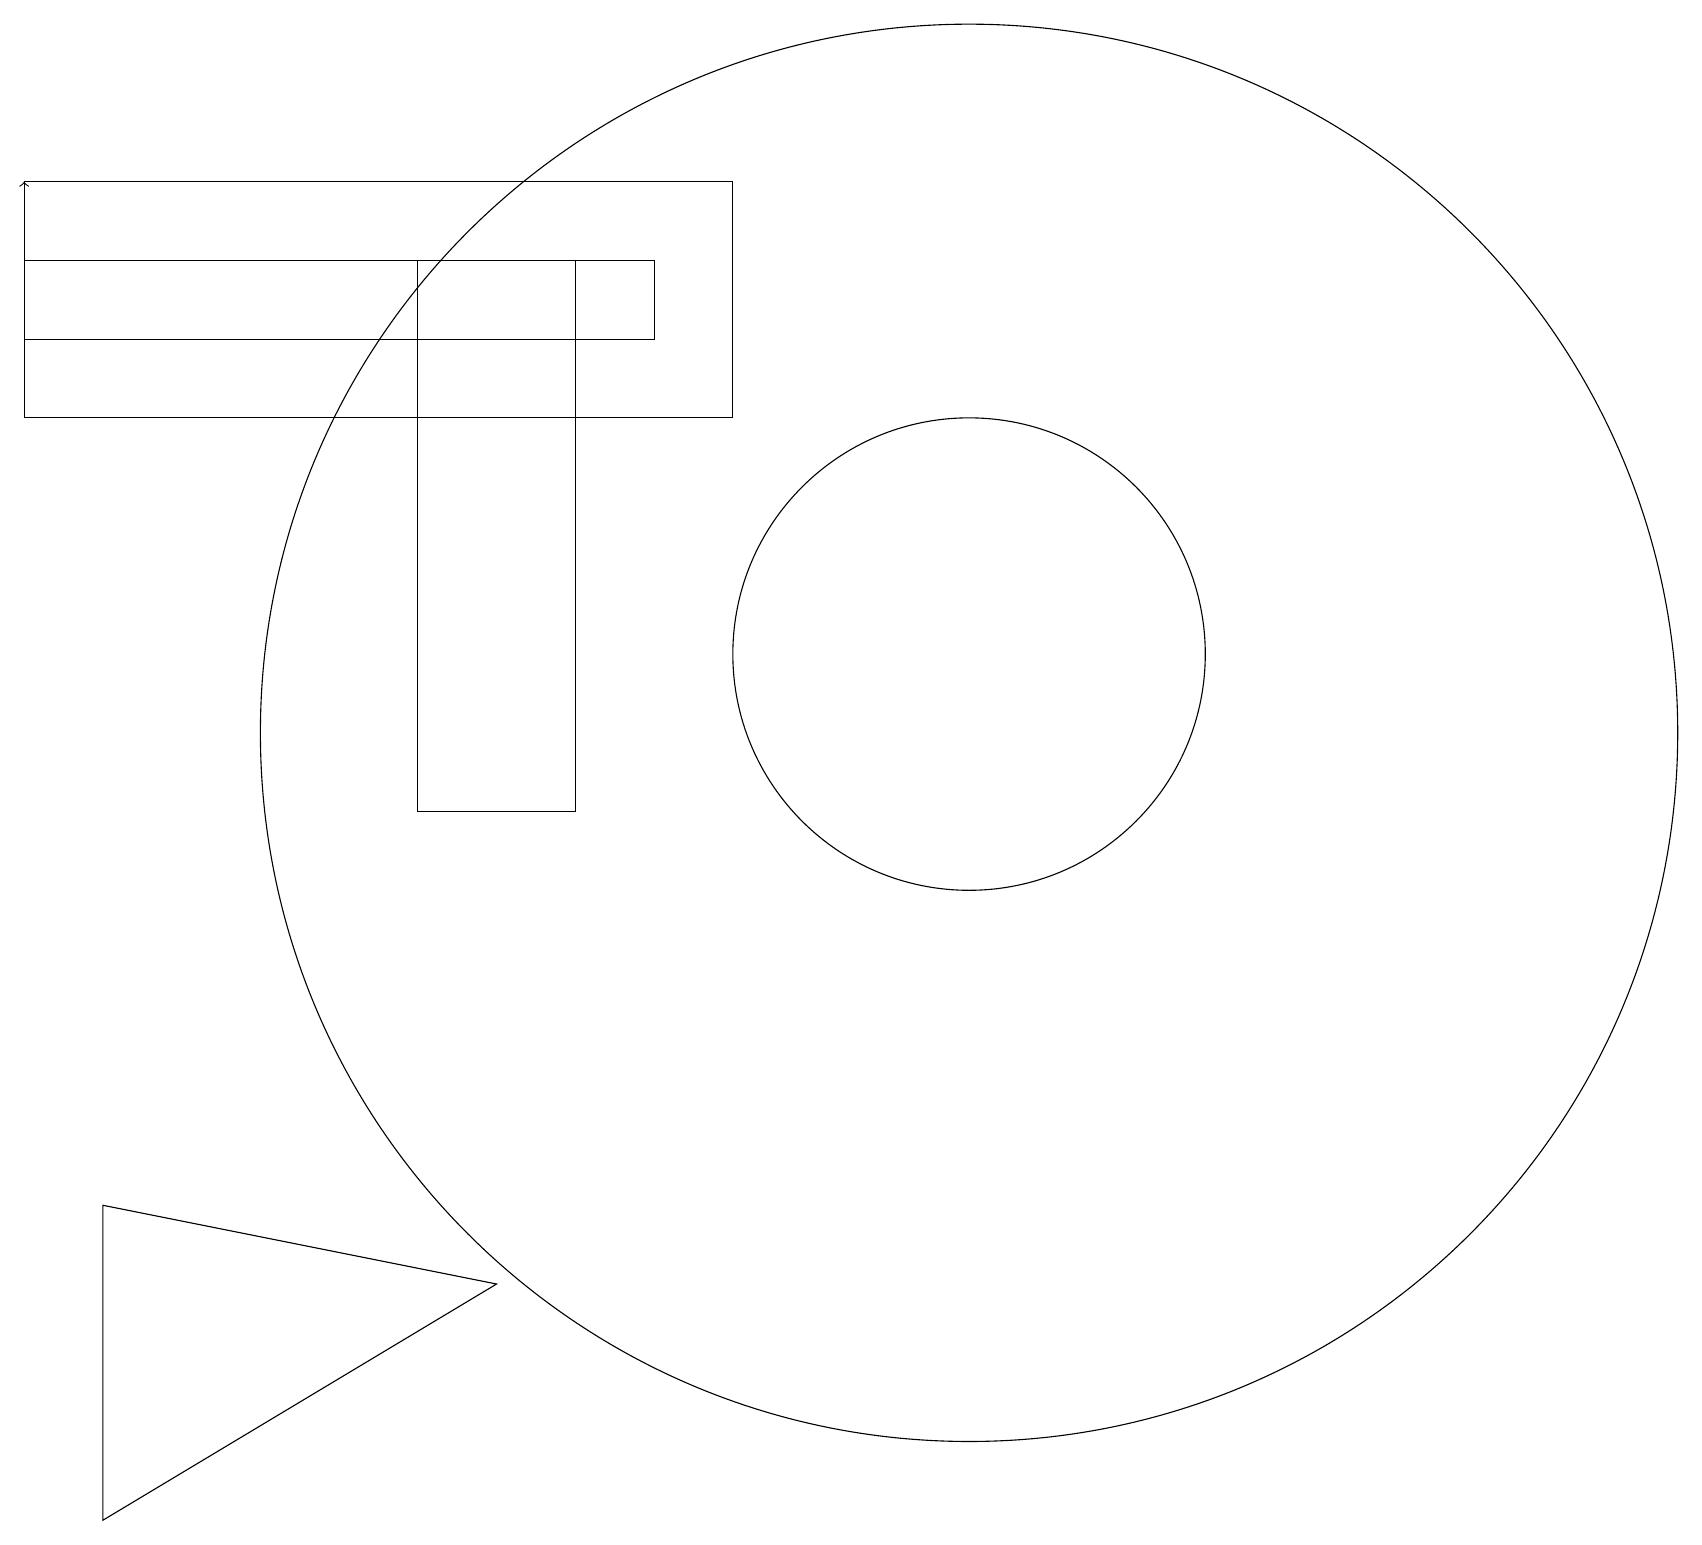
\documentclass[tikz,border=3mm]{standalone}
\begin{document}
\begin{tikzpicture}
\draw (12,11) circle (9);
\draw (8,16) rectangle (0,17);
\draw (6,4) -- (1,5) -- (1,1) -- cycle;
\draw (12,12) circle (3);
\draw (2,15) rectangle (6,15);
\draw[->] (0,17) -- (0,18);
\draw (7,17) rectangle (5,10);
\draw (0,18) rectangle (9,15);
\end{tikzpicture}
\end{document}